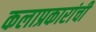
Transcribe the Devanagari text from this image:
कलाप्रकारांची